Report of the Indian Hemp Drugs Commission, 1894-1895 - Volume VI
Year: 1894
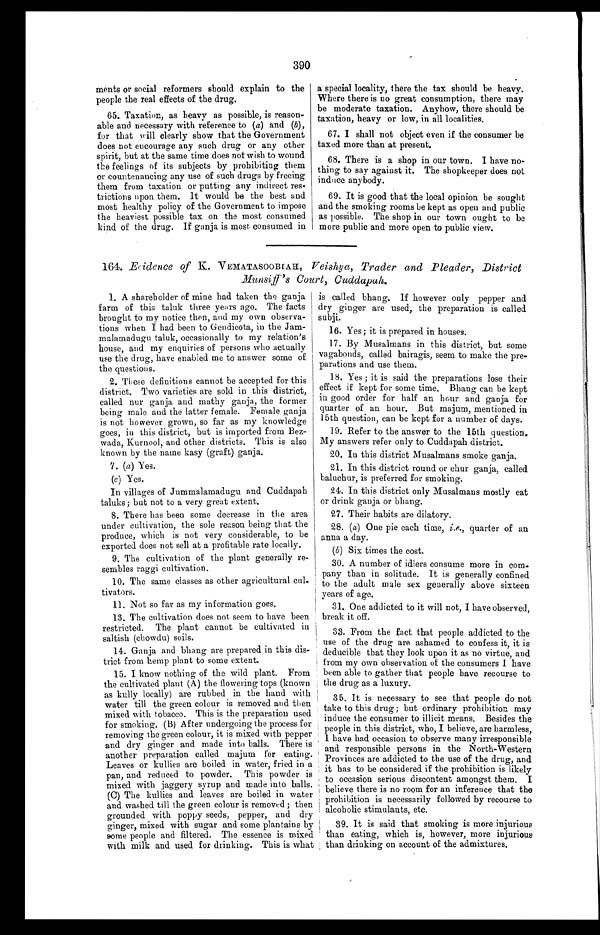
390
ments or social reformers should explain to the
people the real effects of the drug.
65. Taxation, as heavy as possible, is reason-
able and necessary with reference to ( a) and ( b),
for that will clearly show that the Government
does not encourage any such drug or any other
spirit, but at the same time does not wish to wound
the feelings of its subjects by prohibiting them
or countenancing any use of such drugs by freeing
them from taxation or putting any indirect res-
trictions upon them. It would be the best and
most healthy policy of the Government to impose
the heaviest possible tax on the most consumed
kind of the drug. If ganja is most consumed in
a special locality, there the tax should be heavy.
Where there is no great consumption, there may
be moderate taxation. Anyhow, there should be
taxation, heavy or low, in all localities.
67. I shall not object even if the consumer be
taxed more than at present.
68. There is a shop in our town. I have no-
thing to say against it. The shopkeeper does not
induce anybody.
69. It is good that the local opinion be sought
and the smoking rooms be kept as open and public
as possible. The shop in our town ought to be
more public and more opens to public view.
164. Evidence of K. VEMATASOOBIAH, Veishya, Trader and Pleader, District
Munsiff's Court, Cuddapah.
1. A shareholder of mine had taken the ganja
farm of this taluk three years ago. The facts
brought to my notice then, and my own observa-
tions when I had been to Gendicota, in the Jam-
malamadugu taluk, occasionally to my relation's
house, and my enquiries of persons who actually
use the drug, have enabled me to answer some of
the questions.
2. These definitions cannot be accepted for this
district. Two varieties are sold in this district,
called nur ganja and mathy ganja, the former
being male and the latter female. Female ganja
is not however grown, so far as my knowledge
goes, in this district, but is imported from Bez-
wada, Kurnool, and other districts. This is also
known by the name kasy (graft) ganja.
7. ( a) Yes.
(c ) Yes.
In villages of Jummalamadugu and Cuddapah
taluks ; but not to a very great extent.
8. There has been some decrease in the area
under cultivation, the sole reason being that the
produce, which is not very considerable, to be
exported does not sell at a profitable rate locally.
9. The cultivation of the plant generally re-
sembles raggi cultivation.
10. The same classes as other agricultural cul-
tivators.
11. Not so far as my information goes.
13. The cultivation does not seem to have been
restricted. The plant cannot be cultivated in
saltish (chowdu) soils.
14. Ganja and bhang are prepared in this dis-
trict from hemp plant to some extent.
15. I know nothing of the wild plant. From
the cultivated plant (A) the flowering tops (known
as kully locally) are rubbed in the hand with
water till the green colour is removed and then
mixed with tobacco. This is the preparation used
for smoking. (B) After undergoing the process for
removing the green colour, it is mixed with pepper
and dry ginger and made into balls. There is
another preparation called majum for eating.
Leaves or kullies are boiled in water, fried in a
pan, and reduced to powder. This powder is
mixed with jaggery syrup and made into balls.
(C) The kullies and leaves are boiled in water
and washed till the green colour is removed ; then
grounded with poppy seeds, pepper, and dry
ginger, mixed with sugar and some plantains by
some people and filtered. The essence is mixed
with milk and used for drinking. This is what is called bhang. If however only pepper and
dry ginger are used, the preparation is called
subji.
16. YYes; it is prepared in houses.
17. By Musalmans in this district, but some
vagabonds, called bairagis, seem to make the pre-
parations and use them.
18. Yes ; it is said the preparations lose their
effect if kept for some time. Bhang can be kept
in good order for half an hour and ganja for
quarter of an hour. But majum, mentioned in
15th question, can be kept for a number of days.
19. Refer to the answer to the 15th question.
My answers refer only to Cuddapah district.
20. In this district Musalmans smoke ganja.
21. In this district round or chur ganja, called
baluchur, is preferred for smoking.
24. In this district only Musalmans mostly eat
or drink ganja or bhang.
27. Their habits are dilatory.
28. (a) One pie each time, i.e., quarter of an
anna a day.
(b) Six times the cost.
30. A number of idlers consume more in com-
pany than in solitude. It is generally confined
to the adult male sex generally above sixteen
years of age.
31. One addicted to it will not, I have observed,
break it off.
33. From the fact that people addicted to the
use of the drug are ashamed to confess it, it is
deducible that they look upon it as no virtue, and
from my own observation of the consumers I have
been able to gather that people have recourse to
the drug as a luxury.
35. It is necessary to see that people do not
take to this drug ; but ordinary prohibition may
induce the consumer to illicit means. Besides the
people in this district, who, I believe, are harmless,
I have had occasion to observe many irresponsible
and responsible persons in the North-Western
Provinces are addicted to the use of the drug, and
it has to be considered if the prohibition is likely
to occasion serious discontent amongst them. I
believe there is no room for an inference that the
prohibition is necessarily followed by recourse to
alcoholic stimulants, etc.
39. It is said that smoking is more injurious
than eating, which is, however, more injurious
than drinking on account of the admixtures.